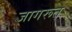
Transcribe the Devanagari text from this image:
जागरूत